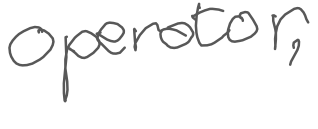
Text: operator,
Cross-out: clean
Writing tool: digital_gray